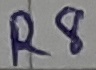
Text: R8